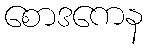
စောဒကေန